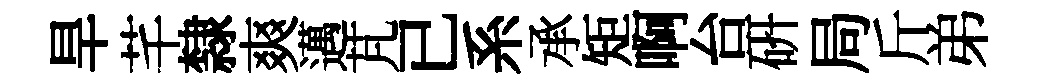
旱芊隸爽邁芃已系承矩啊台硏局斤弟